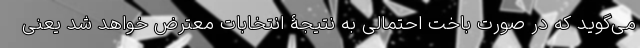
می‌گوید که در صورت باخت احتمالی به نتیجۀ انتخابات معترض خواهد شد یعنی